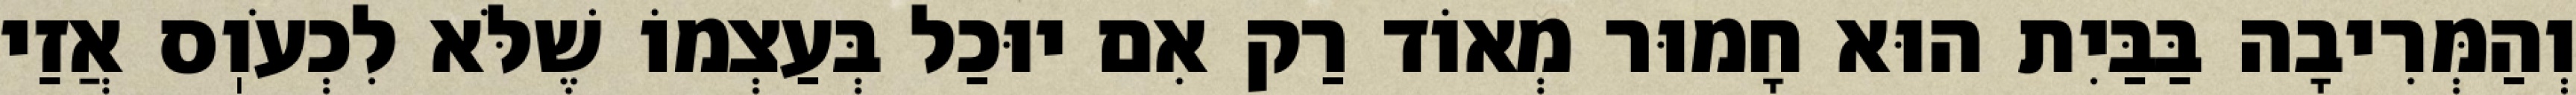
וְהַמְּרִיבָה בַּבַּיִת הוּא חָמוּר מְאוֹד רַק אִם יוּכַל בְּעַצְמוֹ שֶׁלֹּא לִכְעֹוֽס אֲזַי